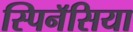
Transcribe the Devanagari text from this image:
स्पिनॅसिया